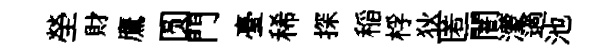
塋財鷹圆門臺稀探稲桴狄匿闇濛過池